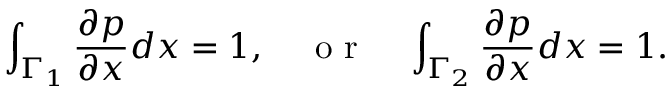
\int _ { \Gamma _ { 1 } } \frac { \partial p } { \partial x } d x = 1 , ~ ~ ~ \mathrm { ~ o ~ r ~ } ~ ~ ~ \int _ { \Gamma _ { 2 } } \frac { \partial p } { \partial x } d x = 1 .